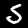
Label: 5